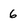
Character: 6